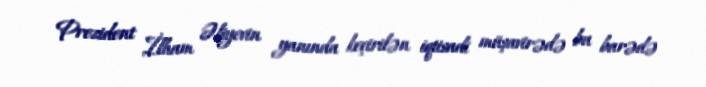
Prezident İlham Əliyevin yanında keçirilən iqtisadi müşavirədə bu barədə